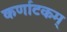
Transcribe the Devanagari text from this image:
कर्णाटकम्